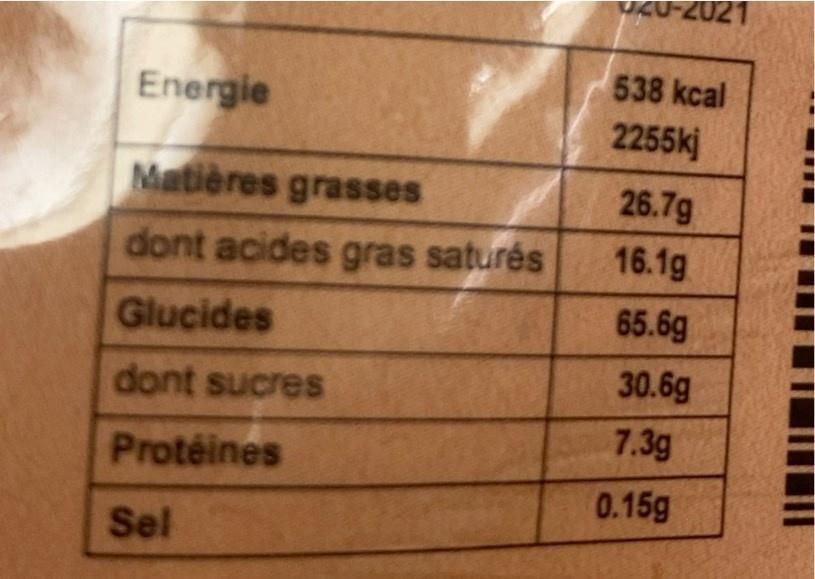
021
538 kcal
Energie
2255kj
Matières grasses
26.7g
dont acides gras saturés
16.1g
Glucides
65.6g
dont sucres
30.6g
7.3g
Protéines
0.15g
Sel